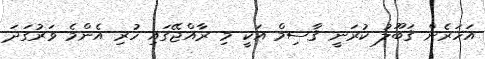
އަހަރެން ޤަބޫލު ކުރަނީ ޤާސިމް އަކީ މި ރާއްޖޭގައި ހުރި އެންމެ ވަރުގަދަ